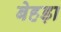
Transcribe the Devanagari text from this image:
बेहड़ा